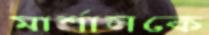
মার্শালকে